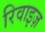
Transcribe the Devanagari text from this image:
रिवाइज़